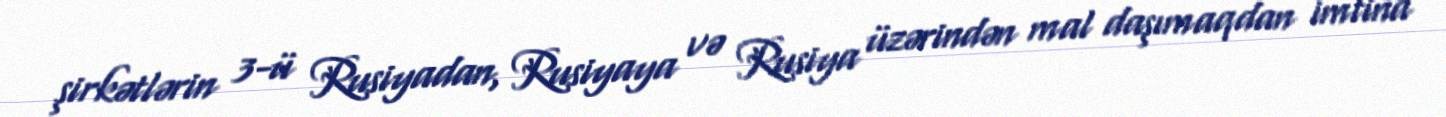
şirkətlərin 3-ü Rusiyadan, Rusiyaya və Rusiya üzərindən mal daşımaqdan imtina